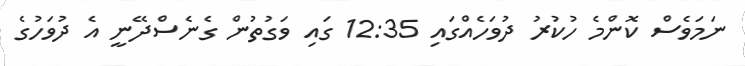
ނަމަވެސް ކޮންމެ ހުކުރު ދުވަހެއްގައި 12:35 ގައި ވަގުތުން ގެނެސްދޭނީ އެ ދުވަހުގެ